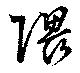
隈